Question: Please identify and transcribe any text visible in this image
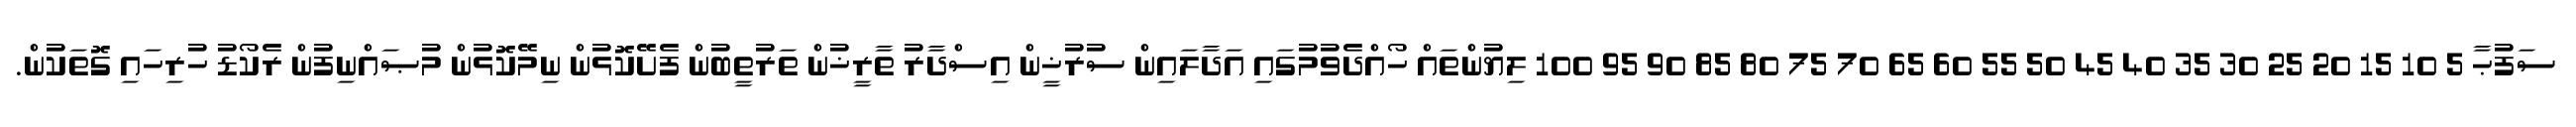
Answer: ސަފުޙާ 5 10 15 20 25 30 35 40 45 50 55 60 65 70 75 80 85 90 95 100 ލިޔުންތައް ހޯއްދެވުމުގައި އަދާލައިން ސުރުޚީން އިސްދާރު ތާރީޚުން ތަރުތީބުން ފެށޭކޮޅުން ނިމޭކޮޅުން މުޞައްނިފުން ރެކޯޑު ހުރިހައި ގޮތަކުން.